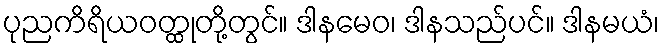
ပုညကိရိယဝတ္ထုတို့တွင်။ ဒါနမေဝ၊ ဒါနသည်ပင်။ ဒါနမယံ၊